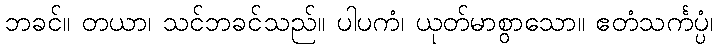
ဘခင်။ တယာ၊ သင်ဘခင်သည်။ ပါပကံ၊ ယုတ်မာစွာသော။ ဧတံသင်္ကပ္ပံ၊